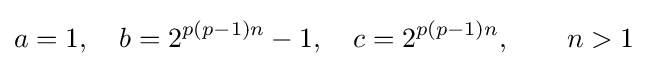
a=1,\quad b=2^{p(p-1)n}-1,\quad c=2^{p(p-1)n},\qquad n>1